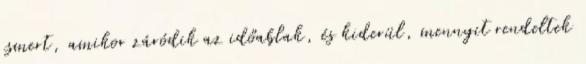
ismert, amikor záródik az időablak, és kiderül, mennyit rendeltek